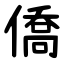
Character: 僑